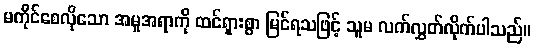
မကိုင်စေလိုသော အမူအရာကို ထင်ရှားစွာ မြင်ရသဖြင့် သူမ လက်လွှတ်လိုက်ပါသည်။